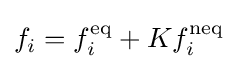
f_{i}=f_{i}^{\text{eq}}+Kf_{i}^{\text{neq}}